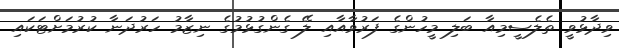
ވިދާޅުވީ ތެލެސީމިއާ ބަލި މީހުންގެ ފަރުވާއާއި ލޭ ގެންގުޅުމުގެ ނިޒާމު ހަރުދަނާ ކުރުމަށްޓަކައި